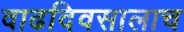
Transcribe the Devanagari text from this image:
वाढदिवसालाच